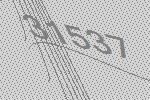
31537